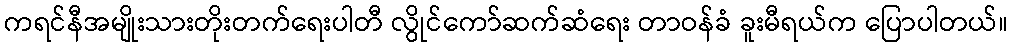
ကရင်နီအမျိုးသားတိုးတက်ရေးပါတီ လွိုင်ကော်ဆက်ဆံရေး တာဝန်ခံ ခူးမီရယ်က ပြောပါတယ်။